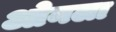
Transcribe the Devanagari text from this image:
ओनला